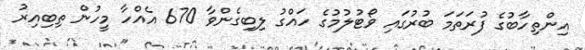
އިންތިހާބުގެ ފުރަތަމަ ބުރުގައި ވޯޓުލުމުގެ ހައްގު ލިބިގެންވާ 670 އެއްހާ މީހުން ތިބިއިރު